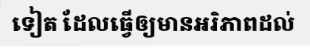
ទៀត ដែលធ្វើឲ្យមានអរិភាពដល់